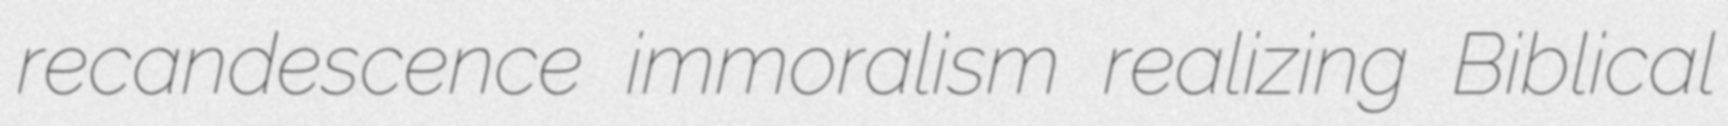
recandescence immoralism realizing Biblical